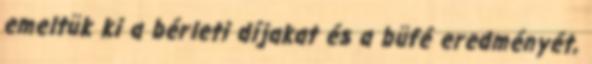
emeltük ki a bérleti díjakat és a büfé eredményét,